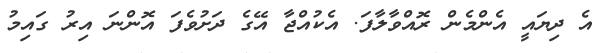
އެ ދިޔައީ އެންމެން ރޮއްވާލާފަ. އެކުއްޖާ އޭގެ ދަށުވެފަ އޮންނަ އިރު ގައިމު